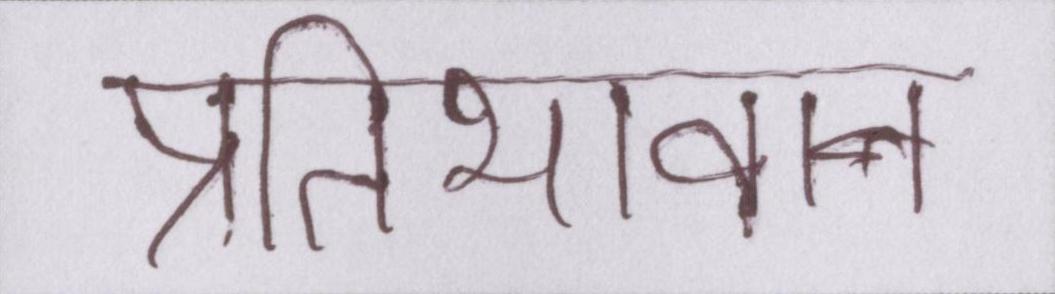
प्रतिभावान